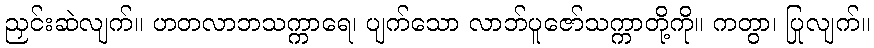
ညှင်းဆဲလျက်။ ဟတလာဘသက္ကာရေ၊ ပျက်သော လာဘ်ပူဇော်သက္ကာတို့ကို။ ကတွာ၊ ပြုလျက်။